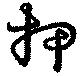
押